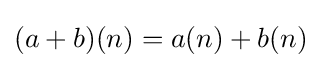
(a+b)(n)=a(n)+b(n)\